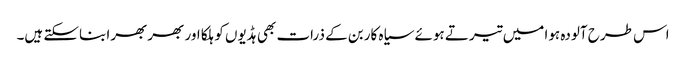
اس طرح آلودہ ہوا میں تیرتے ہوئے سیاہ کاربن کے ذرات بھی ہڈیوں کو ہلکا اور بھربھرا بناسکتے ہیں۔